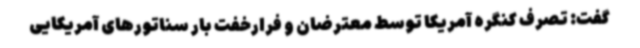
گفت: تصرف کنگره آمریکا توسط معترضان و فرارخفت بار سناتورهای آمریکایی